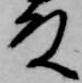
殿